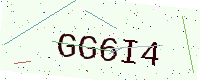
Text: GG6I4